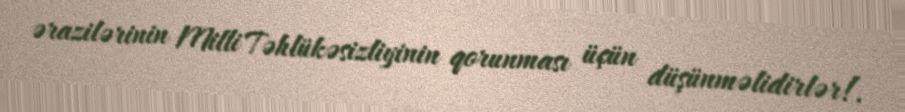
ərazilərinin Milli Təhlükəsizliyinin qorunması üçün düşünməlidirlər!.